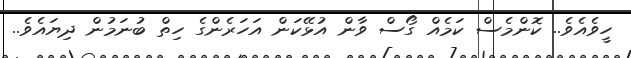
ހީވެއެވެ.. ކޮންމެސް ކަމެއް ގޯސް ވާން އުޅޭކަން އަހަރެންގެ ހިތް ބުނަމުން ދިޔައެވެ..